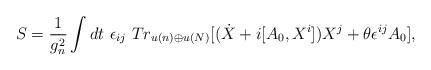
LaTeX: \begin{align*}S=\frac{1}{g^2_{n}}\int dt \ \epsilon_{ij}\ Tr_{u(n)\oplus u(N)}\lbrack(\dot{X}+i[A_{0},X^{i}])X^{j}+\theta\epsilon^{ij}A_{0}\rbrack,\end{align*}